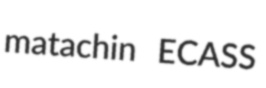
matachin ECASS